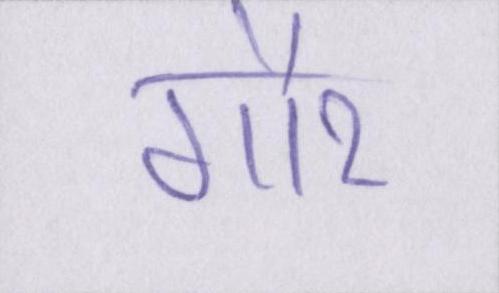
गौर